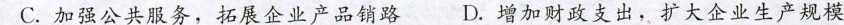
C.加强公共服务，拓展企业产品销路D.增加财政支出，扩大企业生产规模